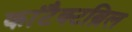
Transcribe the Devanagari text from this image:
कांटैक्टब्रिल